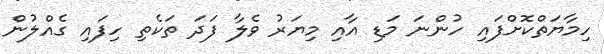
ހިމާޔަތްކޮށްފައި ހުންނަ މަޑި އާއި މިޔަރު ވެލާ ފަދަ ތަކެތި ހިފައި ގެއްލުން